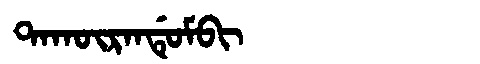
Manchu: ᡨᠠᡴᡡᡵᠠᠨᡩᡠᠮᠪᡳ
Romanization: TAKŪRANDUMBI